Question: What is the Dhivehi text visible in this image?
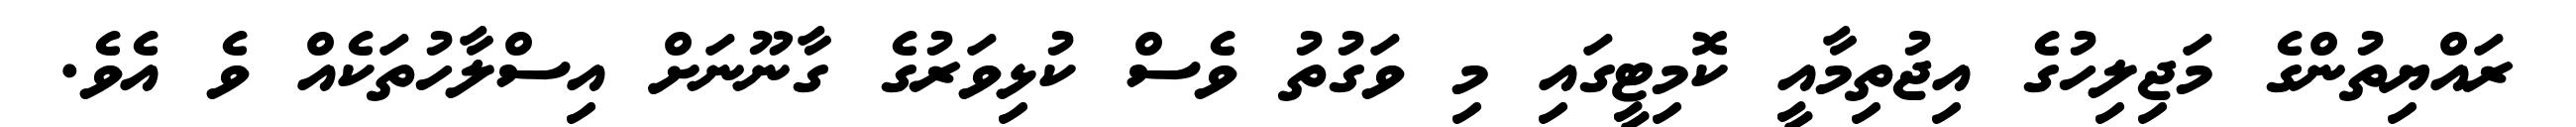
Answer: ރައްޔިތުންގެ މަޖިލިހުގެ އިޖުތިމާއީ ކޮމިޓީގައި މި ވަގުތު ވެސް ކުޅިވަރުގެ ގާނޫނަށް އިސްލާހުތަކެއް ވެ އެވެ.